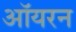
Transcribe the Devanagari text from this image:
ऑयरन